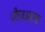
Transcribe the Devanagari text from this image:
पीएमआरएस